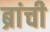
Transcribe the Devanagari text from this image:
ब्रांची